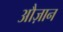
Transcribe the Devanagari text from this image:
औज़ान